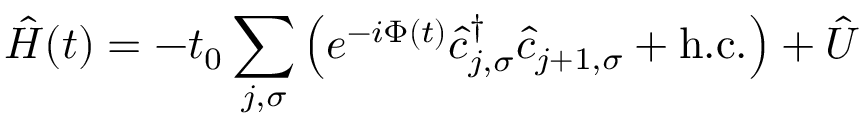
\hat { H } ( t ) = - t _ { 0 } \sum _ { j , \sigma } \left( e ^ { - i \Phi ( t ) } \hat { c } _ { j , \sigma } ^ { \dag } \hat { c } _ { j + 1 , \sigma } + \mathrm { h . c . } \right) + \hat { U }